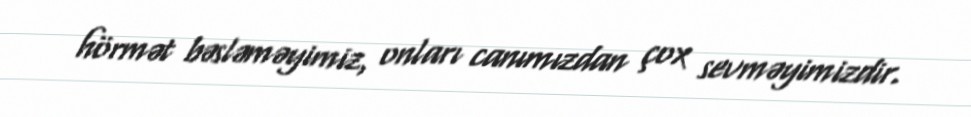
hörmət bəsləməyimiz, onları canımızdan çox sevməyimizdir.